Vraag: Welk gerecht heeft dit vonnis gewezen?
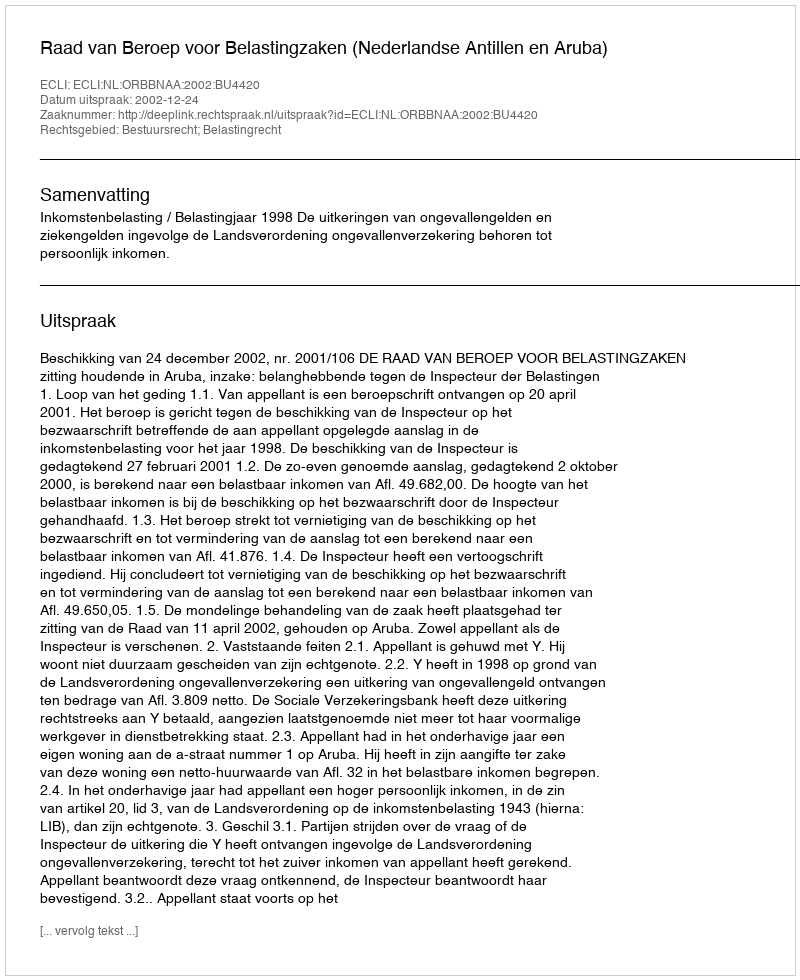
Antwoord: Raad van Beroep voor Belastingzaken (Nederlandse Antillen en Aruba)